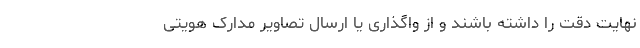
نهایت دقت را داشته باشند و از واگذاری یا ارسال تصاویر مدارک هویتی